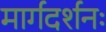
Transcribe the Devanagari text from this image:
मार्गदर्शनः